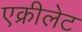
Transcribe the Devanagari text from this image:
एक्रीलेट